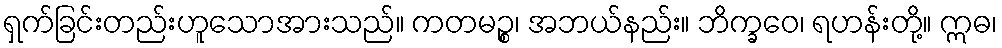
ရှက်ခြင်းတည်းဟူသောအားသည်။ ကတမဉ္စ၊ အဘယ်နည်း။ ဘိက္ခဝေ၊ ရဟန်းတို့။ ဣဓ၊